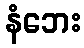
နံဘေး